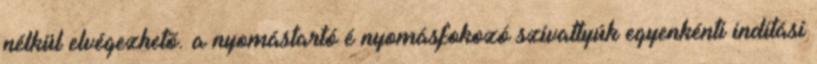
nélkül elvégezhetõ. a nyomástartó é nyomásfokozó szivattyúk egyenkénti indítási